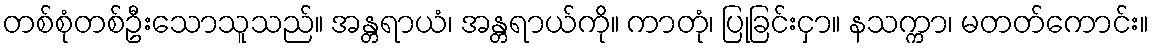
တစ်စုံတစ်ဦးသောသူသည်။ အန္တရာယံ၊ အန္တရာယ်ကို။ ကာတုံ၊ ပြုခြင်းငှာ။ နသက္ကာ၊ မတတ်ကောင်း။